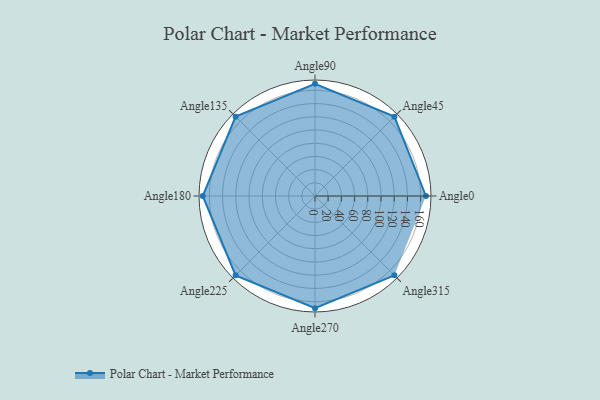
{"axis": {"x": "Angle", "y": "Radius"}, "legend": [""], "data": [{"x": "Angle0", "y": 168.0, "type": ""}, {"x": "Angle45", "y": 170, "type": ""}, {"x": "Angle90", "y": 170, "type": ""}, {"x": "Angle135", "y": 170, "type": ""}, {"x": "Angle180", "y": 170, "type": ""}, {"x": "Angle225", "y": 170, "type": ""}, {"x": "Angle270", "y": 170, "type": ""}, {"x": "Angle315", "y": 170, "type": ""}]}